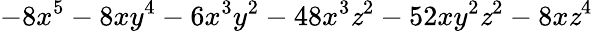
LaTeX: -8x^{5}-8xy^{4}-6x^{3}y^{2}-48x^{3}\mathit{z}^{2}-52xy^{2}\mathit{z}^{2}-8x\mathit{z}^{4}